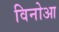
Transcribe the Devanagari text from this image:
विनोआ